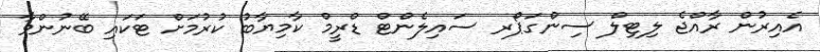
އެއިރުން ރާއްޖެ ލިޓިލް ސިންގަޕޯރ ސައިލެންޓް ޑްރީމް ކާމިޔާބު ކުރުމަށް ޓަކައި ބޭނުންވާ